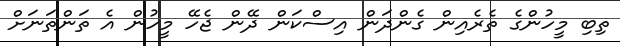
ތިބި މީހުންގެ ތެރެއިން ގެންދަން އިސްކަން ދޭން ޖެހޭ މީހުން އެ ތަންތަނަށް